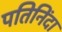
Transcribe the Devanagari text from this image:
पतिनिंदा